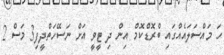
ހަ މައްސަލައެއްގައި ބްރޮޑްކޮމް އިން ދި ޓީވީ އަށް ނަސޭހަތްދީފި3 މަސް 2